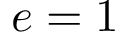
e = 1